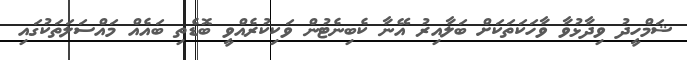
ޝަމްހީދު ވިދާޅުވާ ވާހަކަތަކަށް ބަލާއިރު އޭނާ ކެބިނެޓުން ވަކިކުރެއްވީ ބޮޑެތި ބައެއް މައްސަލަތަކުގައި